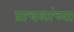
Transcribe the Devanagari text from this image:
प्राचलांच्या